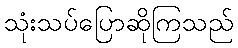
သုံးသပ်ပြောဆိုကြသည်